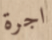
اجرة